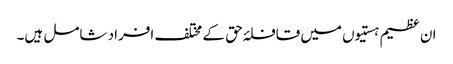
ان عظیم ہستیوں میں قافلۂ حق کے مختلف افراد شامل ہیں۔